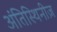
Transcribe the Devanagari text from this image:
अंतिस्थिनीज़